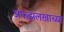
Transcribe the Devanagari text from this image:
अफझलखाच्या